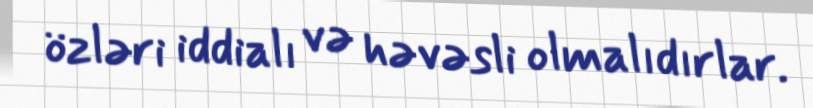
özləri iddialı və həvəsli olmalıdırlar.